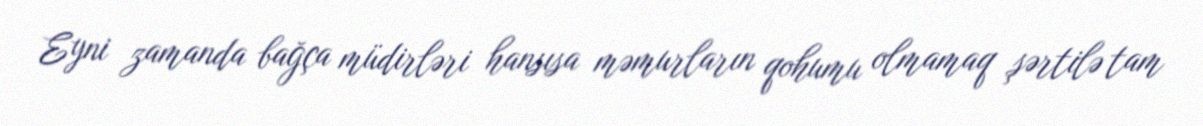
Eyni zamanda bağça müdirləri hansısa məmurların qohumu olmamaq şərtilə tam